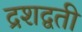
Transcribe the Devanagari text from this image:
द्रशद्वती